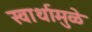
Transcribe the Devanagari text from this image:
स्वार्थामुळे